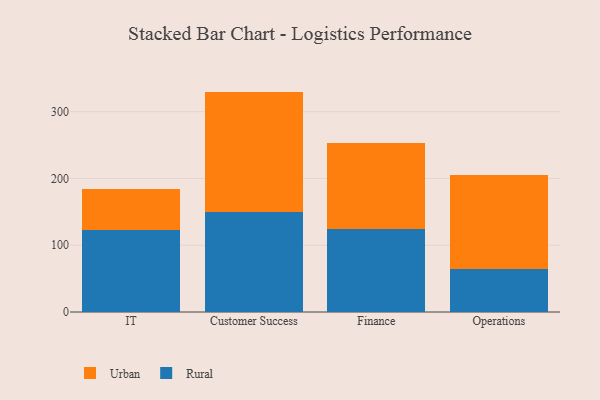
{"axis": {"x": "Department", "y": "Churn Rate (%)"}, "legend": ["Rural", "Urban"], "data": [{"x": "IT", "y": 123.2, "type": "Rural"}, {"x": "IT", "y": 60.3, "type": "Urban"}, {"x": "Customer Success", "y": 150.5, "type": "Rural"}, {"x": "Customer Success", "y": 179.6, "type": "Urban"}, {"x": "Finance", "y": 125.0, "type": "Rural"}, {"x": "Finance", "y": 128.3, "type": "Urban"}, {"x": "Operations", "y": 64.9, "type": "Rural"}, {"x": "Operations", "y": 139.8, "type": "Urban"}]}